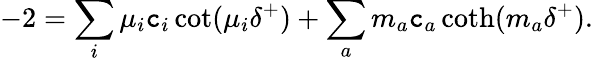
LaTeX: -2=\sum_{i}\mu_{i}\mathtt{c}_{i}\cot(\mu_{i}\delta^{+})+\sum_{a}m_{a}\mathtt{c}_{a}\coth(m_{a}\delta^{+}).